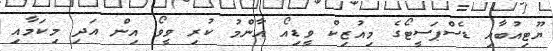
ޔޫޓިއުބާއި ޑެސްޕަސީޓޯގެ މިއުޒިކް ވީޑިއޯ އާންމު ކުރި ވީވޯ އިން އަދި މިކަމާއި